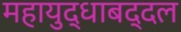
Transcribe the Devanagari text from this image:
महायुद्धाबद्दल